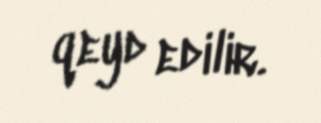
qeyd edilir.